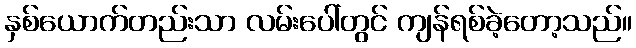
နှစ်ယောက်တည်းသာ လမ်းပေါ်တွင် ကျန်ရစ်ခဲ့တော့သည်။